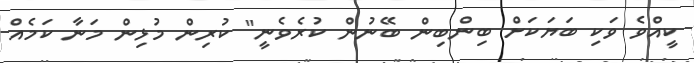
ކީއްވެ ވަކި ބަޔަކަށް ބިންބިން ބޭނުން ކުރެވެނީ" ކުރިން މުޅިން މަނާ ކަމެއް